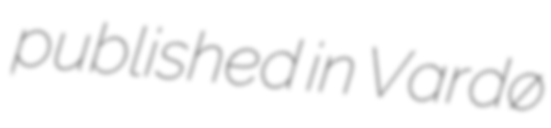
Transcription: published in Vardø